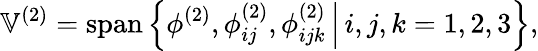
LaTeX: \mathbb{V}^{(2)}=\operatorname{span}\left\{ \phi^{(2)},\phi_{ij}^{(2)},\phi_{ijk}^{(2)}\, \Big\vert\, i,j,k=1,2,3\right\} ,